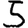
Digit: 5